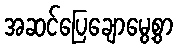
အဆင်ပြေချောမွေ့စွာ